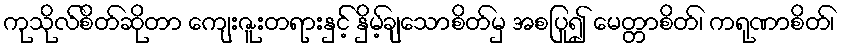
ကုသိုလ်စိတ်ဆိုတာ ကျေးဇူးတရားနှင့် နှိမ့်ချသောစိတ်မှ အစပြု၍ မေတ္တာစိတ်၊ ကရုဏာစိတ်၊